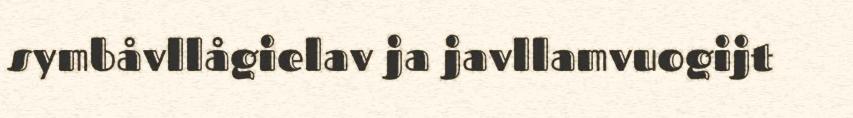
symbåvllågielav ja javllamvuogijt